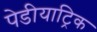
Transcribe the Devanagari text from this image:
पेडीयाट्रिक